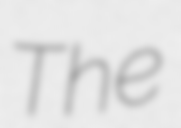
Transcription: The